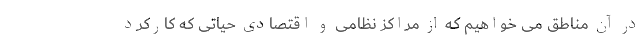
در آن مناطق می خواهیم که از مراکز نظامی و اقتصادی حیاتی که کارکرد